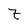
Character: Z